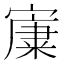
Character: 𡪼